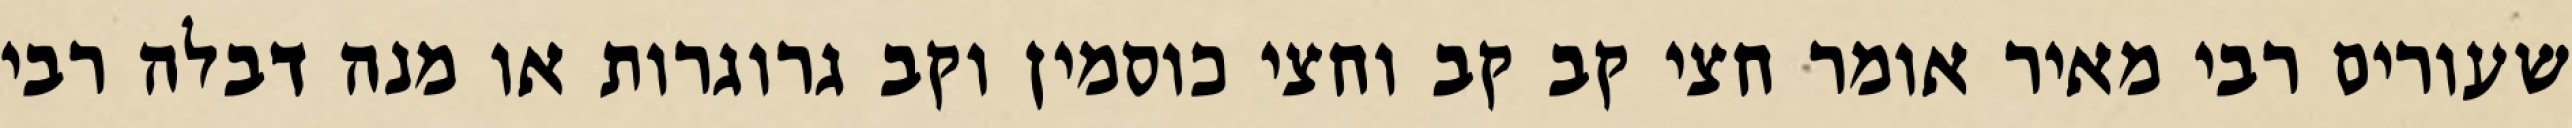
שעורים רבי מאיר אומר חצי קב קב וחצי כוסמין וקב גרוגרות או מנה דבלה רבי